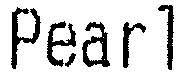
PEARL